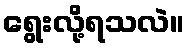
ရွေးလို့ရသလဲ။